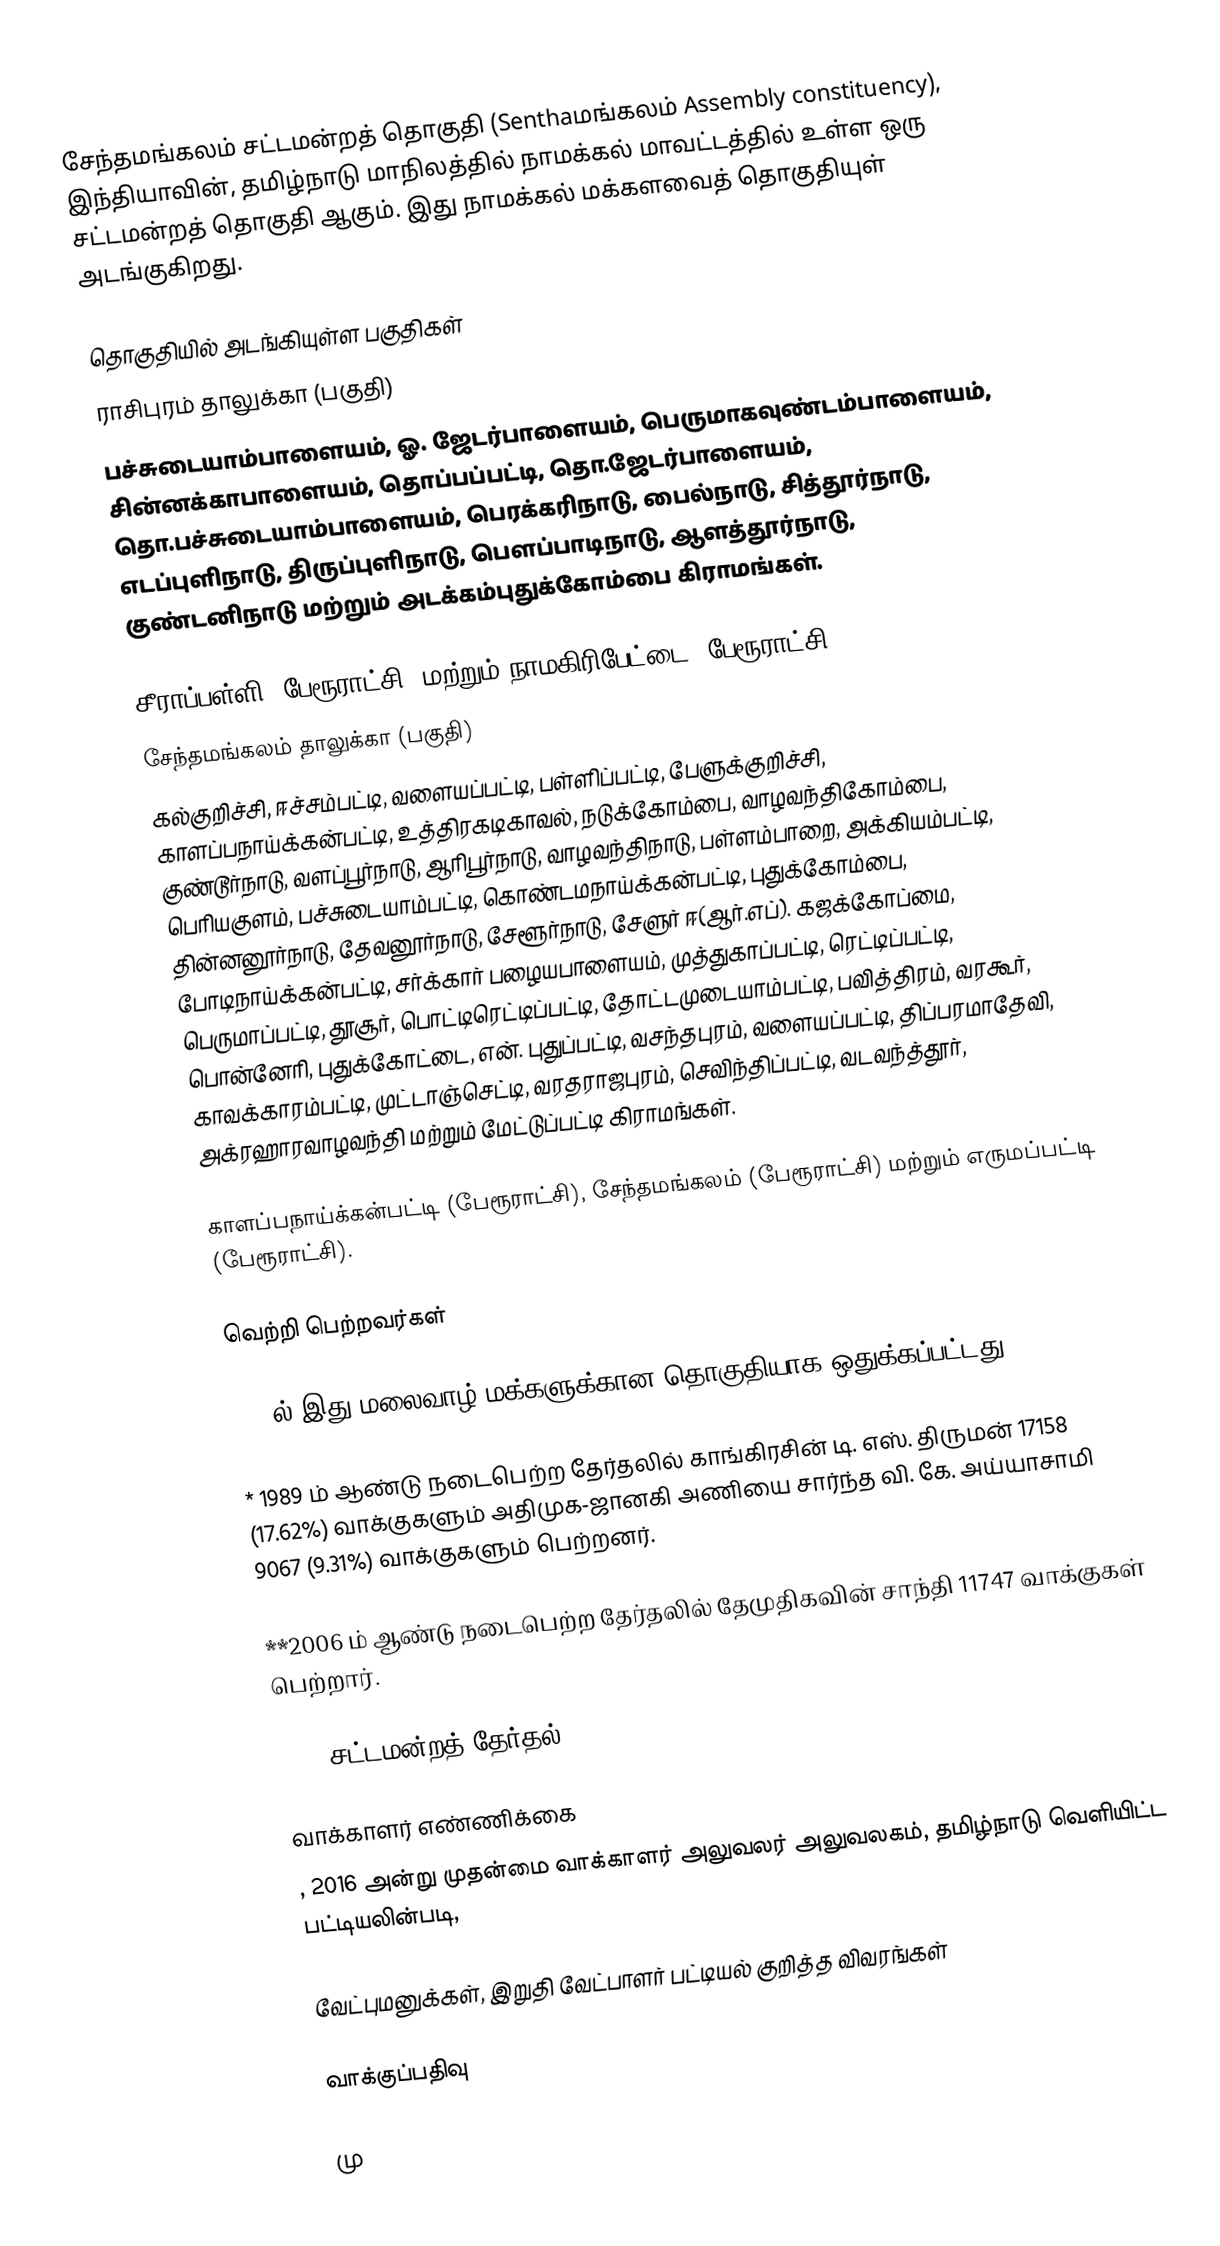
சேந்தமங்கலம் சட்டமன்றத் தொகுதி (Senthaமங்கலம் Assembly constituency), இந்தியாவின், தமிழ்நாடு மாநிலத்தில் நாமக்கல் மாவட்டத்தில் உள்ள ஒரு சட்டமன்றத் தொகுதி ஆகும். இது நாமக்கல் மக்களவைத் தொகுதியுள் அடங்குகிறது.

தொகுதியில் அடங்கியுள்ள பகுதிகள்
ராசிபுரம் தாலுக்கா (பகுதி)
பச்சுடையாம்பாளையம், ஓ. ஜேடர்பாளையம், பெருமாகவுண்டம்பாளையம், சின்னக்காபாளையம், தொப்பப்பட்டி, தொ.ஜேடர்பாளையம், தொ.பச்சுடையாம்பாளையம், பெரக்கரிநாடு, பைல்நாடு, சித்தூர்நாடு, எடப்புளிநாடு, திருப்புளிநாடு, பௌப்பாடிநாடு, ஆளத்தூர்நாடு, குண்டனிநாடு மற்றும் அடக்கம்புதுக்கோம்பை கிராமங்கள்.

சீராப்பள்ளி (பேரூராட்சி) மற்றும் நாமகிரிபேட்டை (பேரூராட்சி)
சேந்தமங்கலம் தாலுக்கா (பகுதி)
கல்குறிச்சி, ஈச்சம்பட்டி, வளையப்பட்டி, பள்ளிப்பட்டி, பேளுக்குறிச்சி, காளப்பநாய்க்கன்பட்டி, உத்திரகடிகாவல், நடுக்கோம்பை, வாழவந்திகோம்பை, குண்டூர்நாடு, வளப்பூர்நாடு, ஆரிபூர்நாடு, வாழவந்திநாடு, பள்ளம்பாறை, அக்கியம்பட்டி, பெரியகுளம், பச்சுடையாம்பட்டி, கொண்டமநாய்க்கன்பட்டி, புதுக்கோம்பை, தின்னனூர்நாடு, தேவனூர்நாடு, சேளூர்நாடு, சேளுர் ஈ(ஆர்.எப்). கஜக்கோப்மை, போடிநாய்க்கன்பட்டி, சர்க்கார் பழையபாளையம், முத்துகாப்பட்டி, ரெட்டிப்பட்டி, பெருமாப்பட்டி, தூசூர், பொட்டிரெட்டிப்பட்டி, தோட்டமுடையாம்பட்டி, பவித்திரம், வரகூர், பொன்னேரி, புதுக்கோட்டை, என். புதுப்பட்டி, வசந்தபுரம், வளையப்பட்டி, திப்பரமாதேவி, காவக்காரம்பட்டி, முட்டாஞ்செட்டி, வரதராஜபுரம், செவிந்திப்பட்டி, வடவந்த்தூர், அக்ரஹாரவாழவந்தி மற்றும் மேட்டுப்பட்டி கிராமங்கள்.

காளப்பநாய்க்கன்பட்டி (பேரூராட்சி), சேந்தமங்கலம் (பேரூராட்சி) மற்றும் எருமப்பட்டி (பேரூராட்சி).

வெற்றி பெற்றவர்கள்

1967ல் இது மலைவாழ் மக்களுக்கான தொகுதியாக ஒதுக்கப்பட்டது.

* 1989 ம் ஆண்டு நடைபெற்ற தேர்தலில் காங்கிரசின்  டி. எஸ். திருமன் 17158 (17.62%) வாக்குகளும் அதிமுக-ஜானகி அணியை சார்ந்த வி. கே. அய்யாசாமி 9067 (9.31%) வாக்குகளும் பெற்றனர்.

**2006 ம் ஆண்டு நடைபெற்ற தேர்தலில் தேமுதிகவின் சாந்தி 11747 வாக்குகள் பெற்றார்.

2016 சட்டமன்றத் தேர்தல்

வாக்காளர் எண்ணிக்கை
, 2016 அன்று முதன்மை வாக்காளர் அலுவலர் அலுவலகம், தமிழ்நாடு வெளியிட்ட பட்டியலின்படி,

வேட்புமனுக்கள், இறுதி வேட்பாளர் பட்டியல் குறித்த விவரங்கள்

வாக்குப்பதிவு

மு